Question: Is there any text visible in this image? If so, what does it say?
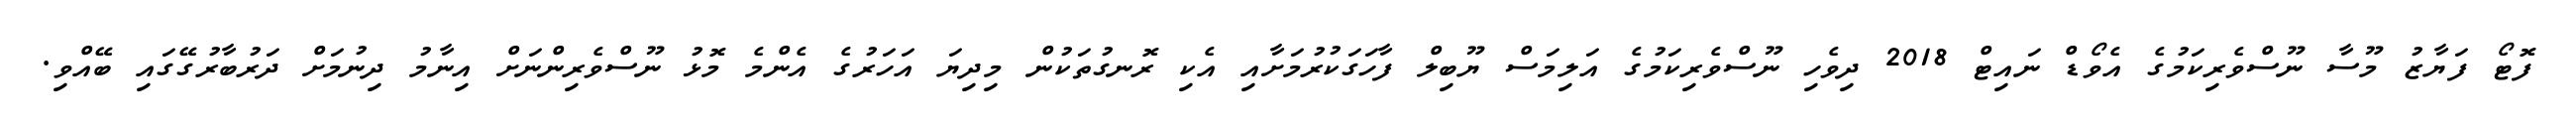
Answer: ފޮޓޯ ފަޔާޒު މޫސާ ނޫސްވެރިކަމުގެ އެވޯޑް ނައިޓް 2018 ދިވެހި ނޫސްވެރިކަމުގެ އަލިމަސް ޔޫބިލް ފާހަގަކުރުމަށާއި އެކި ރޮނގުތަކުން މިދިޔަ އަހަރުގެ އެންމެ މޮޅު ނޫސްވެރިންނަށް އިނާމު ދިނުމަށް ދަރުބާރުގޭގައި ބޭއްވި.